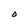
Character: O